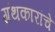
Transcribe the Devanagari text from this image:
ग्रंथकारांचे